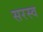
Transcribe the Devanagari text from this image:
सरस्व